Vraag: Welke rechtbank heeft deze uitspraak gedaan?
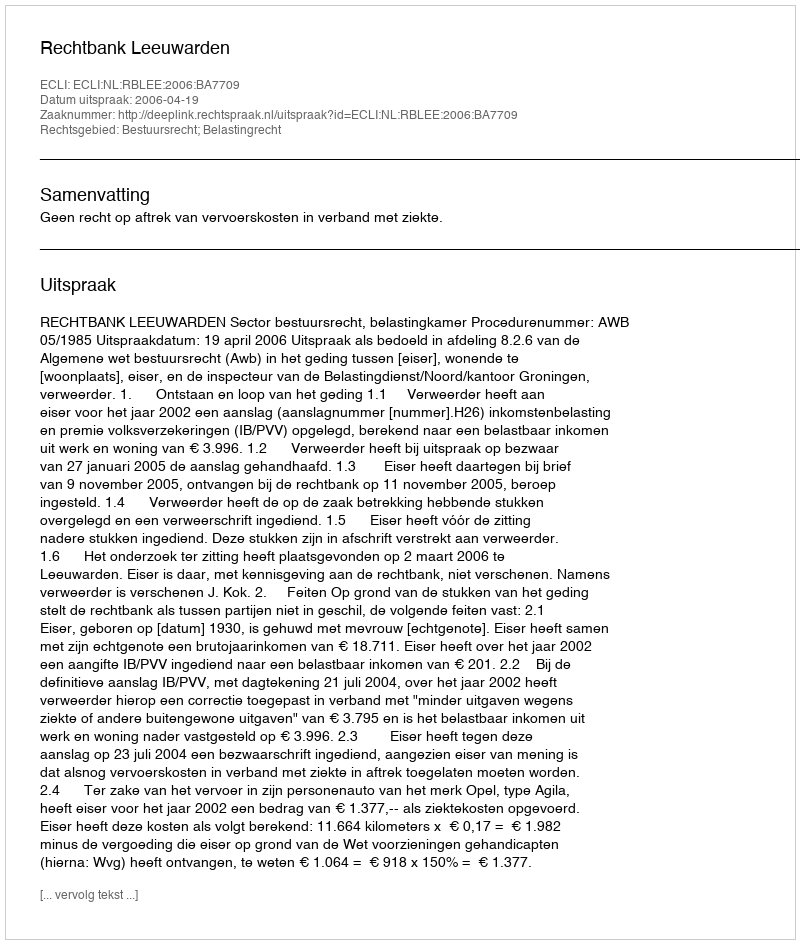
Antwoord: Rechtbank Leeuwarden